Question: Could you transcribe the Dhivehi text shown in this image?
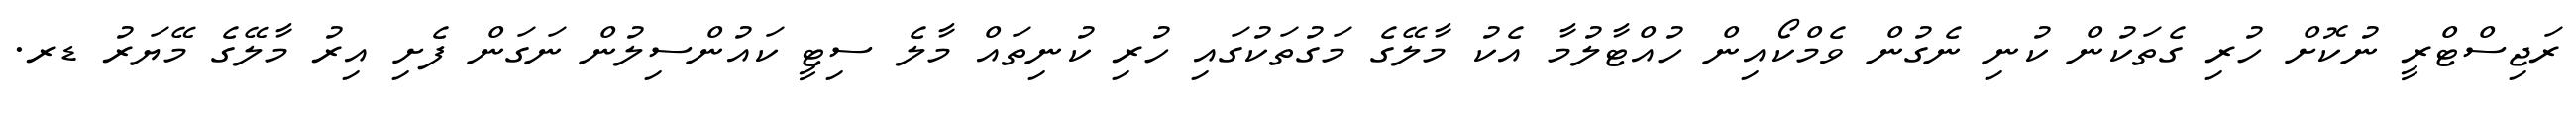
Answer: ރަޖިސްޓްރީ ނުކޮށް ހުރި ގެތަކުން ކުނި ނެގުން ވެމްކޯއިން ހުއްޓާލުމާ އެކު މާލޭގެ މަގުތަކުގައި ހުރި ކުނިތައް މާލެ ސިޓީ ކައުންސިލުން ނަގަން ފެށި އިރު މާލޭގެ މޭޔަރު ޑރ.